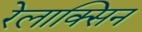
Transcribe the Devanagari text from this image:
रेलाक्सिन